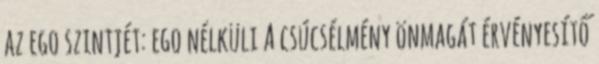
az ego szintjét: ego nélküli A csúcsélmény önmagát érvényesítő